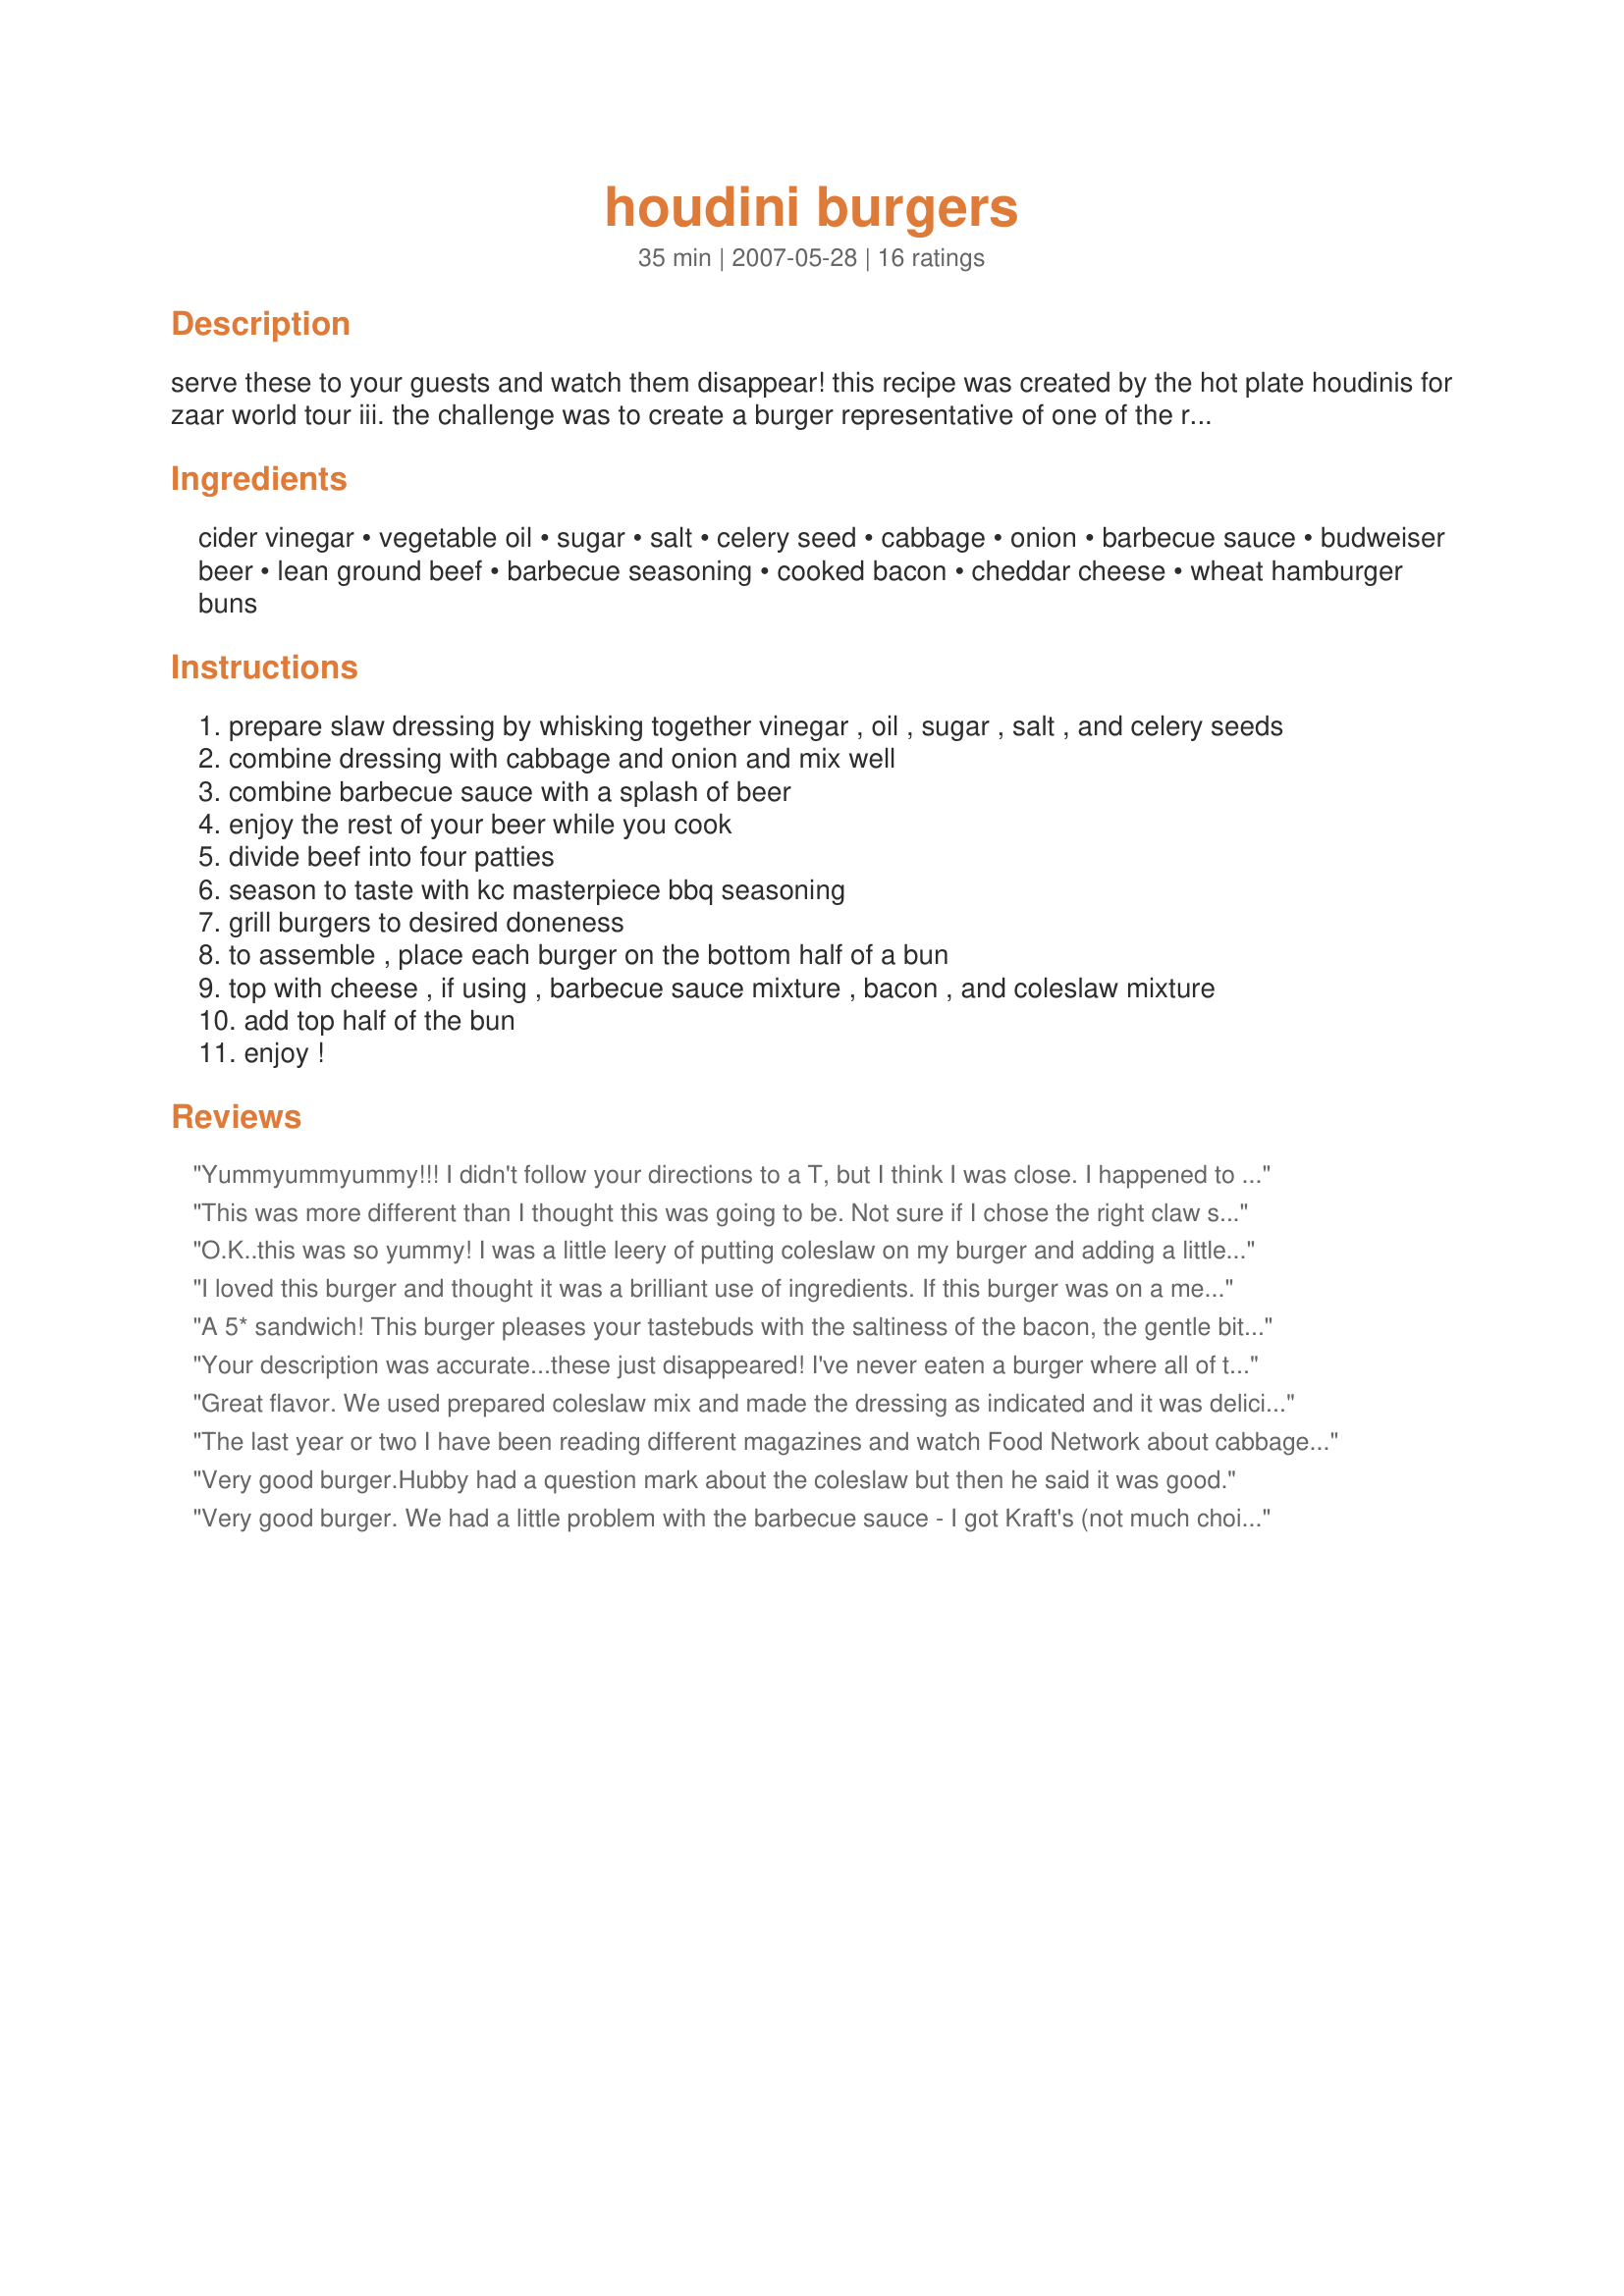
houdini burgers
Preparation time: 35 minutes

serve these to your guests and watch them disappear! this recipe was created by the hot plate houdinis for zaar world tour iii. the challenge was to create a burger representative of one of the regions of the united states. since houdini was from the midwest, we developed this burger, which celebrates the barbecue styles of missouri, both st. louis and kansas city.

Ingredients:
cider vinegar, vegetable oil, sugar, salt, celery seed, cabbage, onion, barbecue sauce, budweiser beer, lean ground beef, barbecue seasoning, cooked bacon, cheddar cheese, wheat hamburger buns

Steps:
prepare slaw dressing by whisking together vinegar , oil , sugar , salt , and celery seeds
combine dressing with cabbage and onion and mix well
combine barbecue sauce with a splash of beer
enjoy the rest of your beer while you cook
divide beef into four patties
season to taste with kc masterpiece bbq seasoning
grill burgers to desired doneness
to assemble , place each burger on the bottom half of a bun
top with cheese , if using , barbecue sauce mixture , bacon , and coleslaw mixture
add top half of the bun
enjoy !

Reviews:
Yummyummyummy!!!

I didn't follow your directions to a T, but I think I was close. I happened to have Abita beer and Stubbs barbecue sauce on hand, so I used those.

The slaw was a bit of a surprise for me, since I usually make the Deep South creamy tangy kind, but it's so good, I might use this dressing more often!

Of course, it's a burger with bacon, cheese, BBQ, and beer. This cannot go wrong. Loved it!
This was more different than I thought this was going to be. Not sure if I chose the right claw slaw for this, will try a different one the next time which I think also makes it.
O.K..this was so yummy! I was a little leery of putting coleslaw on my burger and adding a little b.b.q sauce to it, but it was really good! The tang of the slaw and b.b.q sauce went really well together. I used bag o' pre-made tri-color coleslaw and Kraft's Hicory Smoked B.B.Q sauce. I also had to use celery salt instead of the celery seed only because I forgot to get celery seed when I was at the store. Thanks for posting a great burger recipe for Zaar 3 Team Houdini!
I loved this burger and thought it was a brilliant use of ingredients. If this burger was on a menu I would pay 10 bucks for it. I loved the cole slaw. What a nice and different ingredient. Bacon and BBQ sauce and cheddar didn't hurt either! Outstanding job. We are always looking for a better/different burger and we LOVED this. This is my favorite recipe of the tour so far. Congratulations to the creators and congratulations to me for having the good sense to take a chance. Outstanding burger.
A 5* sandwich! This burger pleases your tastebuds with the saltiness of the bacon, the gentle bite of the red onion, the tangy crunch of the coleslaw, all brought together by the sweetness of the barbecue sauce. It was amazing! I made a small amount of coleslaw just for this sandwich, but I'm thinking you could actually use any you might have on hand. I also don't think that the beer is a necessity if you don't drink it, or have it on hand.
Make this burger...your family and friends will thank you, just as I am thanking Megnbrycesmom for this awsome recipe!
Your description was accurate...these just disappeared! I've never eaten a burger where all of the components worked together like they did in this recipe....perfect - amazing! I especially liked the hint of beer in the barbecue sauce and the way the slaw and barbecue sauce tasted together!! Great job Hot Plate Houdinis!!! acerast - an Exotic Epicurean
Great flavor. We used prepared coleslaw mix and made the dressing as indicated and it was delicious! We served French Fries on the side with the end result being a "better than a restaurant meal."
The last year or two I have been reading different magazines and watch Food Network about cabbage slaw on hamburgers. I aways turned my nose up to that thought. Slaw on a hamburger, what have they been drinking?! I have to confess this was GREAT! Our kids even like the recipe. So I will be fixing this burger on the 4th of July at the get together here at our house. I left my slaw sit in the refrig for 5 hours to bring the flavors together more. Made for ZWT III 2007 - United States Region - Build A Burger
Very good burger.Hubby had a question mark about the coleslaw but then he said it was good.
Very good burger. We had a little problem with the barbecue sauce - I got Kraft's (not much choice here) and I was the only one who liked it. The rest of the family found it 'mediciney' - probably a Greek thing. The kids also didn't want a lot of 'salad' on their burgers but both DH and I thought that the tangy/sweet coleslaw really made this burger speical. I'll definitely make these again, but with ordinary ketchup or a tomato chutney.
Excellent burger. The different tastes just meld together for a great tasting burger. This is something I will make again! Thanks meganbrycesmom bor posting this great burger!
I did this burger for the ZWT 3. No regret at all :P It was delicious and different from other burgers I've done previously. I already had Creamy Dill Cabbage Coleslaw : Recipe #134486
We loved this burger! Everything really went together well and it used beer!!! Although I used Corona rather then Midwest beer it was still outstanding. We used KC Sauce. I misread the recipe and ended up adding some sauce to the beef before I realized it said barbecue "seasoning" but it seems I always have to mess up somewhere! So I added a dash of Montreal Steak seasoning and carried on. Excellent burger submission. Good luck Hot Plate Houdinis!
Delicious!! I loved the combination of the coleslaw and the barbeque sauce. I make a pulled pork sandwich with the same combination. I didn't use Budweiser (I can't stand the stuff), but instead used some of my homemade beer. It tasted superb!! I had friends over for dinner and they raved about these burgers. Hot Plate Houdinis, you created a keeper of a burger. Great job!! I will definitely be making these again. Thanks for sharing!! Made for ZWT3.
I just made these for ZWT3- I chose this recipe because I lived in Missouri for 8 years and I adore coleslaw on pulled pork and figured it would be great on a burger. I used Kansas City Cowtown BBQ sauce my sister brought me, and I used Weber Sweet and Spicy BBQ seasoning. Thanks for the great recipe!
I did this burger for the ZWT. Delicious and different. I was the only one who actually ate it as is though. DH and DS both left off the coleslaw and bbq sauce. DH had his with ranch and DS with ketchup and mayo. I used bud lite (stolen from a friend as we don't usually drink midwestern beer and 2 tsp bbq seasoning. Thanks.
